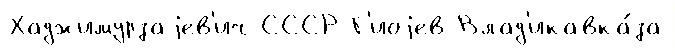
Хаджимурзаjев'ич СССР Г'иоjев Влад'икавка́за